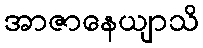
အာဇာနေယျာသိ